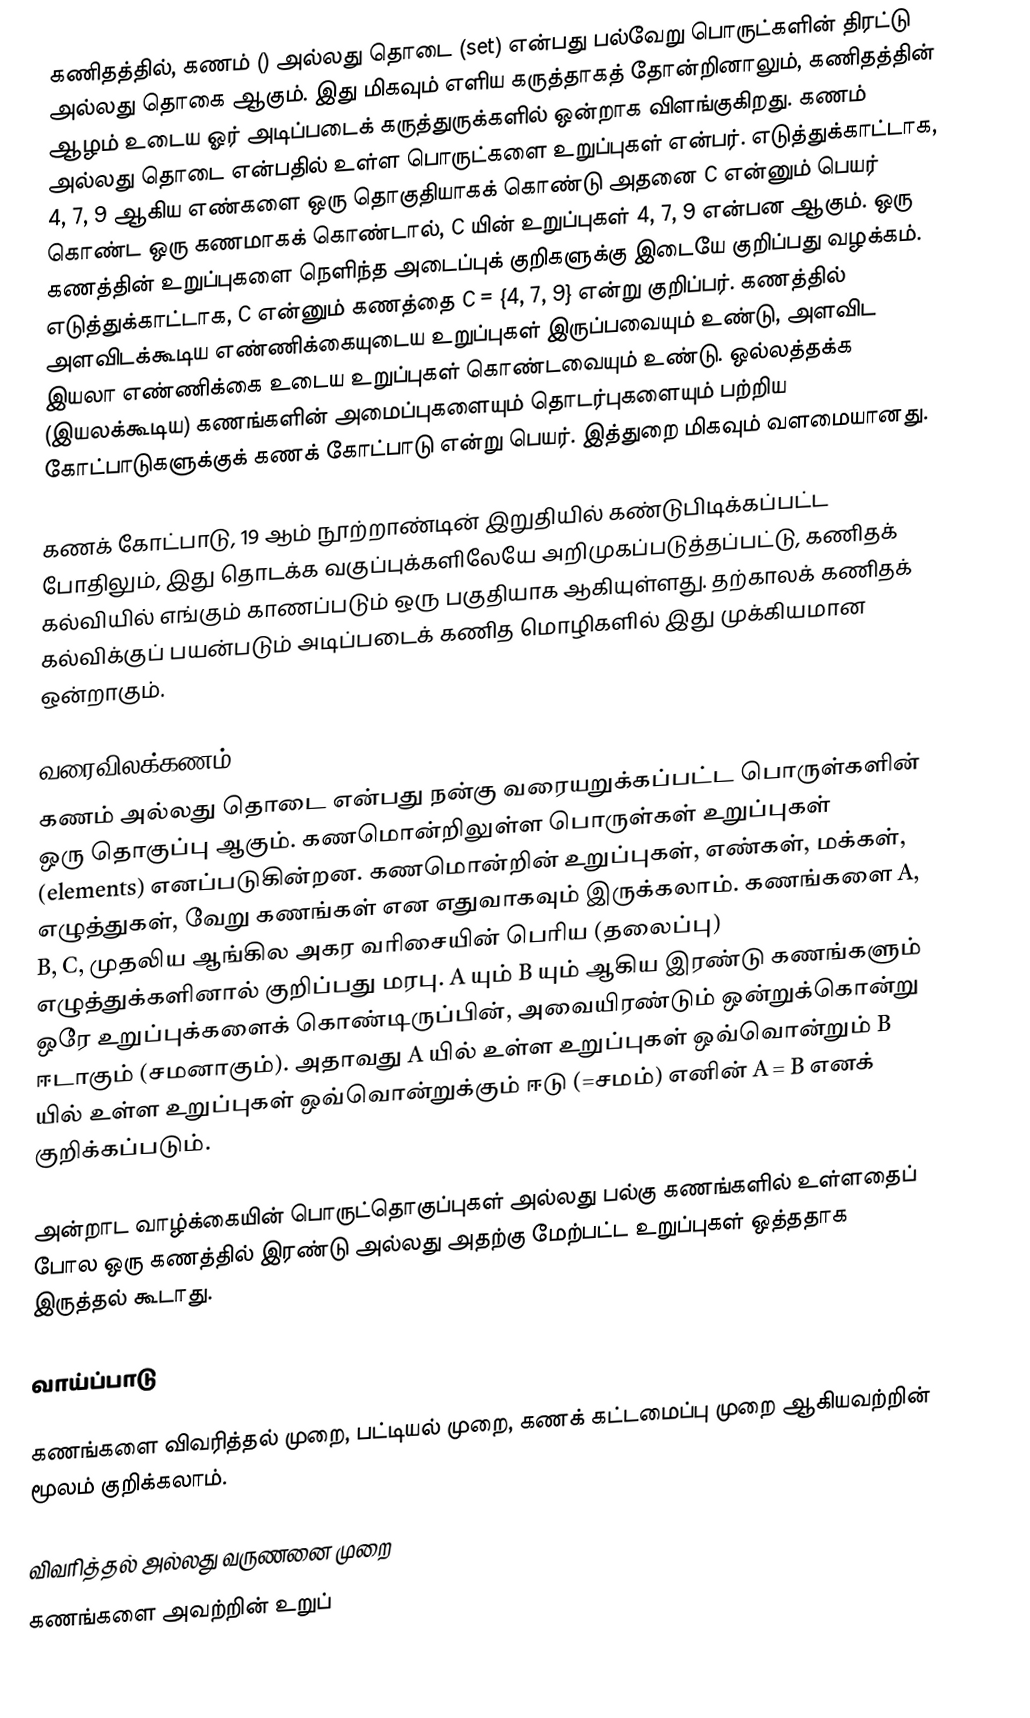
கணிதத்தில், கணம் () அல்லது தொடை (set) என்பது பல்வேறு பொருட்களின் திரட்டு அல்லது தொகை ஆகும். இது மிகவும் எளிய கருத்தாகத் தோன்றினாலும், கணிதத்தின் ஆழம் உடைய ஓர் அடிப்படைக் கருத்துருக்களில் ஒன்றாக விளங்குகிறது. கணம் அல்லது தொடை என்பதில் உள்ள பொருட்களை உறுப்புகள் என்பர். எடுத்துக்காட்டாக, 4, 7, 9 ஆகிய எண்களை ஒரு தொகுதியாகக் கொண்டு அதனை C என்னும் பெயர் கொண்ட ஒரு கணமாகக் கொண்டால், C யின் உறுப்புகள் 4, 7, 9 என்பன ஆகும். ஒரு கணத்தின் உறுப்புகளை நெளிந்த அடைப்புக் குறிகளுக்கு இடையே குறிப்பது வழக்கம். எடுத்துக்காட்டாக, C என்னும் கணத்தை C = {4, 7, 9} என்று குறிப்பர். கணத்தில் அளவிடக்கூடிய எண்ணிக்கையுடைய உறுப்புகள் இருப்பவையும் உண்டு, அளவிட இயலா எண்ணிக்கை உடைய உறுப்புகள் கொண்டவையும் உண்டு. ஒல்லத்தக்க (இயலக்கூடிய) கணங்களின் அமைப்புகளையும் தொடர்புகளையும் பற்றிய கோட்பாடுகளுக்குக் கணக் கோட்பாடு என்று பெயர். இத்துறை மிகவும் வளமையானது.

கணக் கோட்பாடு, 19 ஆம் நூற்றாண்டின் இறுதியில் கண்டுபிடிக்கப்பட்ட போதிலும், இது தொடக்க வகுப்புக்களிலேயே அறிமுகப்படுத்தப்பட்டு, கணிதக் கல்வியில் எங்கும் காணப்படும் ஒரு பகுதியாக ஆகியுள்ளது. தற்காலக் கணிதக் கல்விக்குப் பயன்படும் அடிப்படைக் கணித மொழிகளில் இது முக்கியமான ஒன்றாகும்.

வரைவிலக்கணம்
கணம் அல்லது தொடை என்பது நன்கு வரையறுக்கப்பட்ட பொருள்களின் ஒரு தொகுப்பு ஆகும். கணமொன்றிலுள்ள பொருள்கள் உறுப்புகள் (elements) எனப்படுகின்றன. கணமொன்றின் உறுப்புகள், எண்கள், மக்கள், எழுத்துகள், வேறு கணங்கள் என எதுவாகவும் இருக்கலாம். கணங்களை A, B, C, முதலிய ஆங்கில அகர வரிசையின் பெரிய (தலைப்பு) எழுத்துக்களினால் குறிப்பது மரபு. A யும் B யும் ஆகிய இரண்டு கணங்களும் ஒரே உறுப்புக்களைக் கொண்டிருப்பின், அவையிரண்டும் ஒன்றுக்கொன்று ஈடாகும் (சமனாகும்). அதாவது A யில் உள்ள உறுப்புகள் ஒவ்வொன்றும் B யில் உள்ள உறுப்புகள் ஒவ்வொன்றுக்கும் ஈடு (=சமம்) எனின் A = B எனக் குறிக்கப்படும்.

அன்றாட வாழ்க்கையின் பொருட்தொகுப்புகள் அல்லது பல்கு கணங்களில் உள்ளதைப் போல ஒரு கணத்தில் இரண்டு அல்லது அதற்கு மேற்பட்ட உறுப்புகள் ஒத்ததாக இருத்தல் கூடாது.

வாய்ப்பாடு

கணங்களை விவரித்தல் முறை, பட்டியல் முறை, கணக் கட்டமைப்பு முறை ஆகியவற்றின் மூலம் குறிக்கலாம்.

விவரித்தல் அல்லது வருணனை முறை
கணங்களை அவற்றின் உறுப்